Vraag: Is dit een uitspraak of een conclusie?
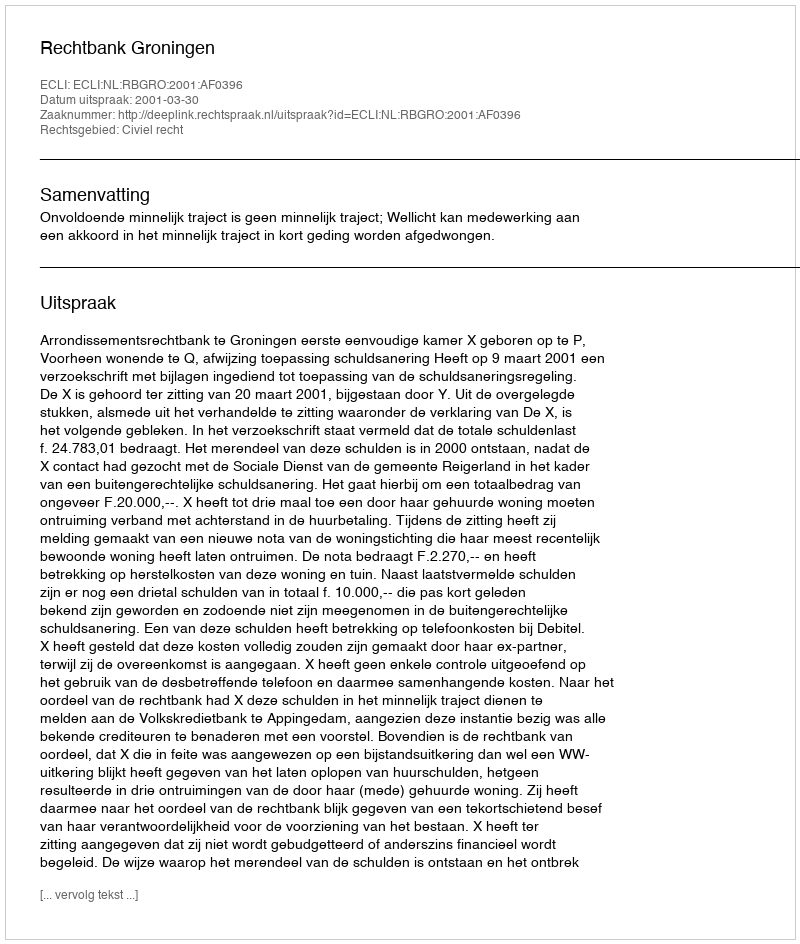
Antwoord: Uitspraak